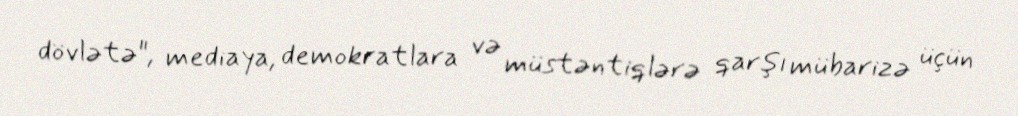
dövlətə", mediaya, demokratlara və müstəntiqlərə qarşı mübarizə üçün